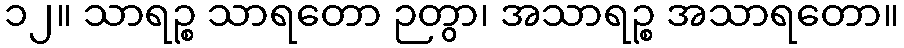
၁၂။ သာရဉ္စ သာရတော ဉတွာ၊ အသာရဉ္စ အသာရတော။